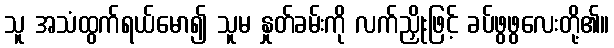
သူ အသံထွက်ရယ်မော၍ သူမ နှုတ်ခမ်းကို လက်ညှိုးဖြင့် ခပ်ဖွဖွလေးတို့၏။